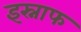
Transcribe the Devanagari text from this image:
इस्नाफ